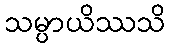
သမ္ပာယိဿသိ